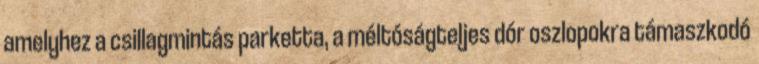
amelyhez a csillagmintás parketta, a méltóságteljes dór oszlopokra támaszkodó